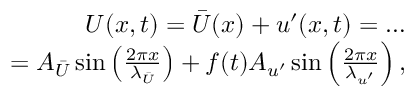
\begin{array} { r } { U ( x , t ) = \bar { U } ( x ) + u ^ { \prime } ( x , t ) = \ldots } \\ { = A _ { \bar { U } } \sin \left( \frac { 2 \pi x } { \lambda _ { \bar { U } } } \right) + f ( t ) A _ { u ^ { \prime } } \sin \left( \frac { 2 \pi x } { \lambda _ { u ^ { \prime } } } \right) , } \end{array}